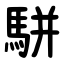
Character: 駢